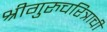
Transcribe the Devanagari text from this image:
श्रीगुरुचरित्राची